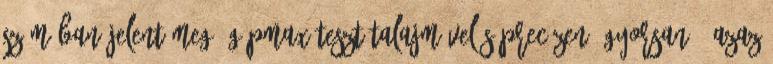
számában jelent meg. gépmax-teszt Talajművelés precízen, gyorsan – azaz